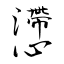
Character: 懘